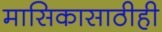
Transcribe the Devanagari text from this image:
मासिकासाठीही